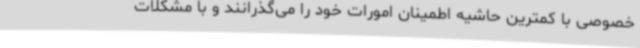
خصوصی با کمترین حاشیه اطمینان امورات خود را می‌گذرانند و با مشکلات